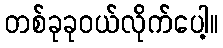
တစ်ခုခုဝယ်လိုက်ပေါ့။